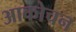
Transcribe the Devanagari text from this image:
आकोचन